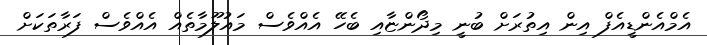
އެމްއެންޑީއެފް އިން އިތުރަށް ބުނީ މިދޯންޏާއި ބެހޭ އެއްވެސް މައުލޫމާތެއް އެއްވެސް ފަރާތަކަށް